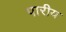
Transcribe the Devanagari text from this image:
पारीय